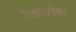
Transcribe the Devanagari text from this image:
रेकबरोबर